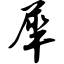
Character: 犀